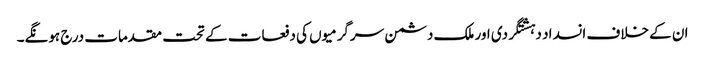
ان کے خلاف انسداد دہشتگردی اور ملک دشمن سرگرمیوں کی دفعات کے تحت مقدمات درج ہونگے۔